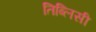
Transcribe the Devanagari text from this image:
तिब्लिसी